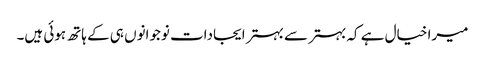
میرا خیال ہے کہ بہتر سے بہتر ایجادات نوجوانوں ہی کے ہاتھ ہوئی ہیں۔